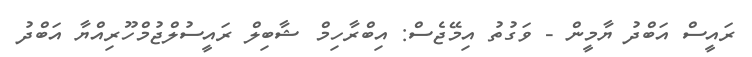
ރައީސް އަބްދު ޔާމީން - ވަގުތު އިމޭޖެސް: އިބްރާހިމް ޝާބިލް ރައީސުލްޖުމްހޫރިއްޔާ އަބްދު